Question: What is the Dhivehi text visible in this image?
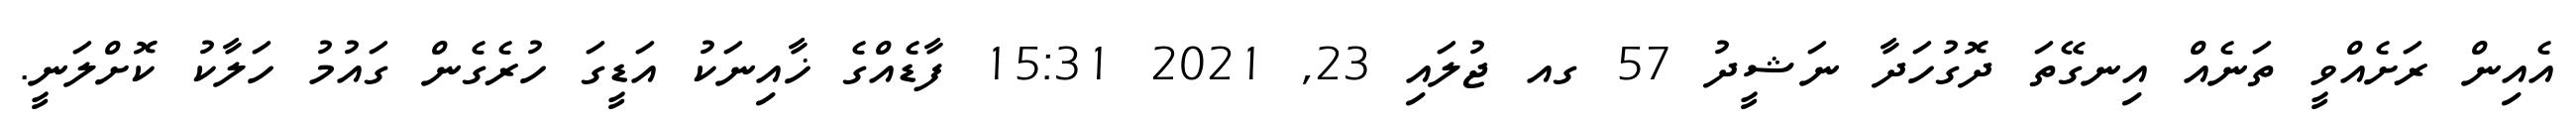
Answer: އެއިން ރަށެއްވީ ތަނެއް އިނގޭތަ ދޮގުހަދާ ނަޝީދު 57 ގއ ޖުލައި 23, 2021 15:31 ފާޑެއްގެ ޚާއިނަކު އަޑީގަ ހުރެގެން ގައުމު ހަލާކު ކޮށްލަނީ.